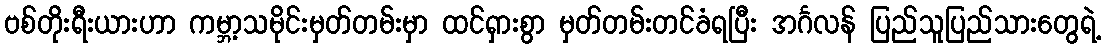
ဗစ်တိုးရီးယားဟာ ကမ္ဘာ့သမိုင်းမှတ်တမ်းမှာ ထင်ရှားစွာ မှတ်တမ်းတင်ခံရပြီး အင်္ဂလန် ပြည်သူပြည်သားတွေရဲ့